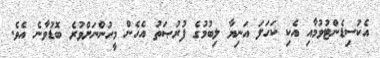
އެކުސިޑެންޓުވުމާއި އެކި ކަހަލަ އަނިޔާ ލިބުމުގެ ފުރުޞަތު އެހެން މީހުންނަށްވުރެ ބޮޑުވާނެ އެވެ.